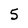
Character: 5